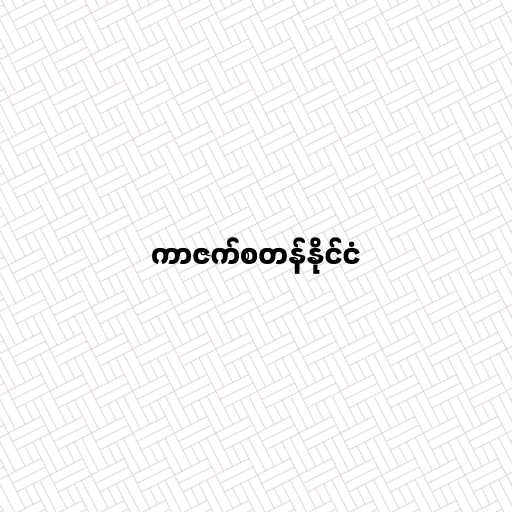
ကာဇက်စတန်နိုင်ငံ